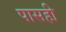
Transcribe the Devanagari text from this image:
पासही